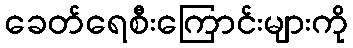
ခေတ်ရေစီးကြောင်းများကို